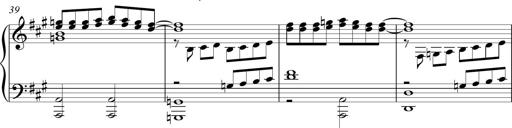
Title: Piano Sonatina in A major
Composer: Z Q Sysmoebius
Key: A major